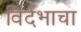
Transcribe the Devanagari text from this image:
विर्दभाचा